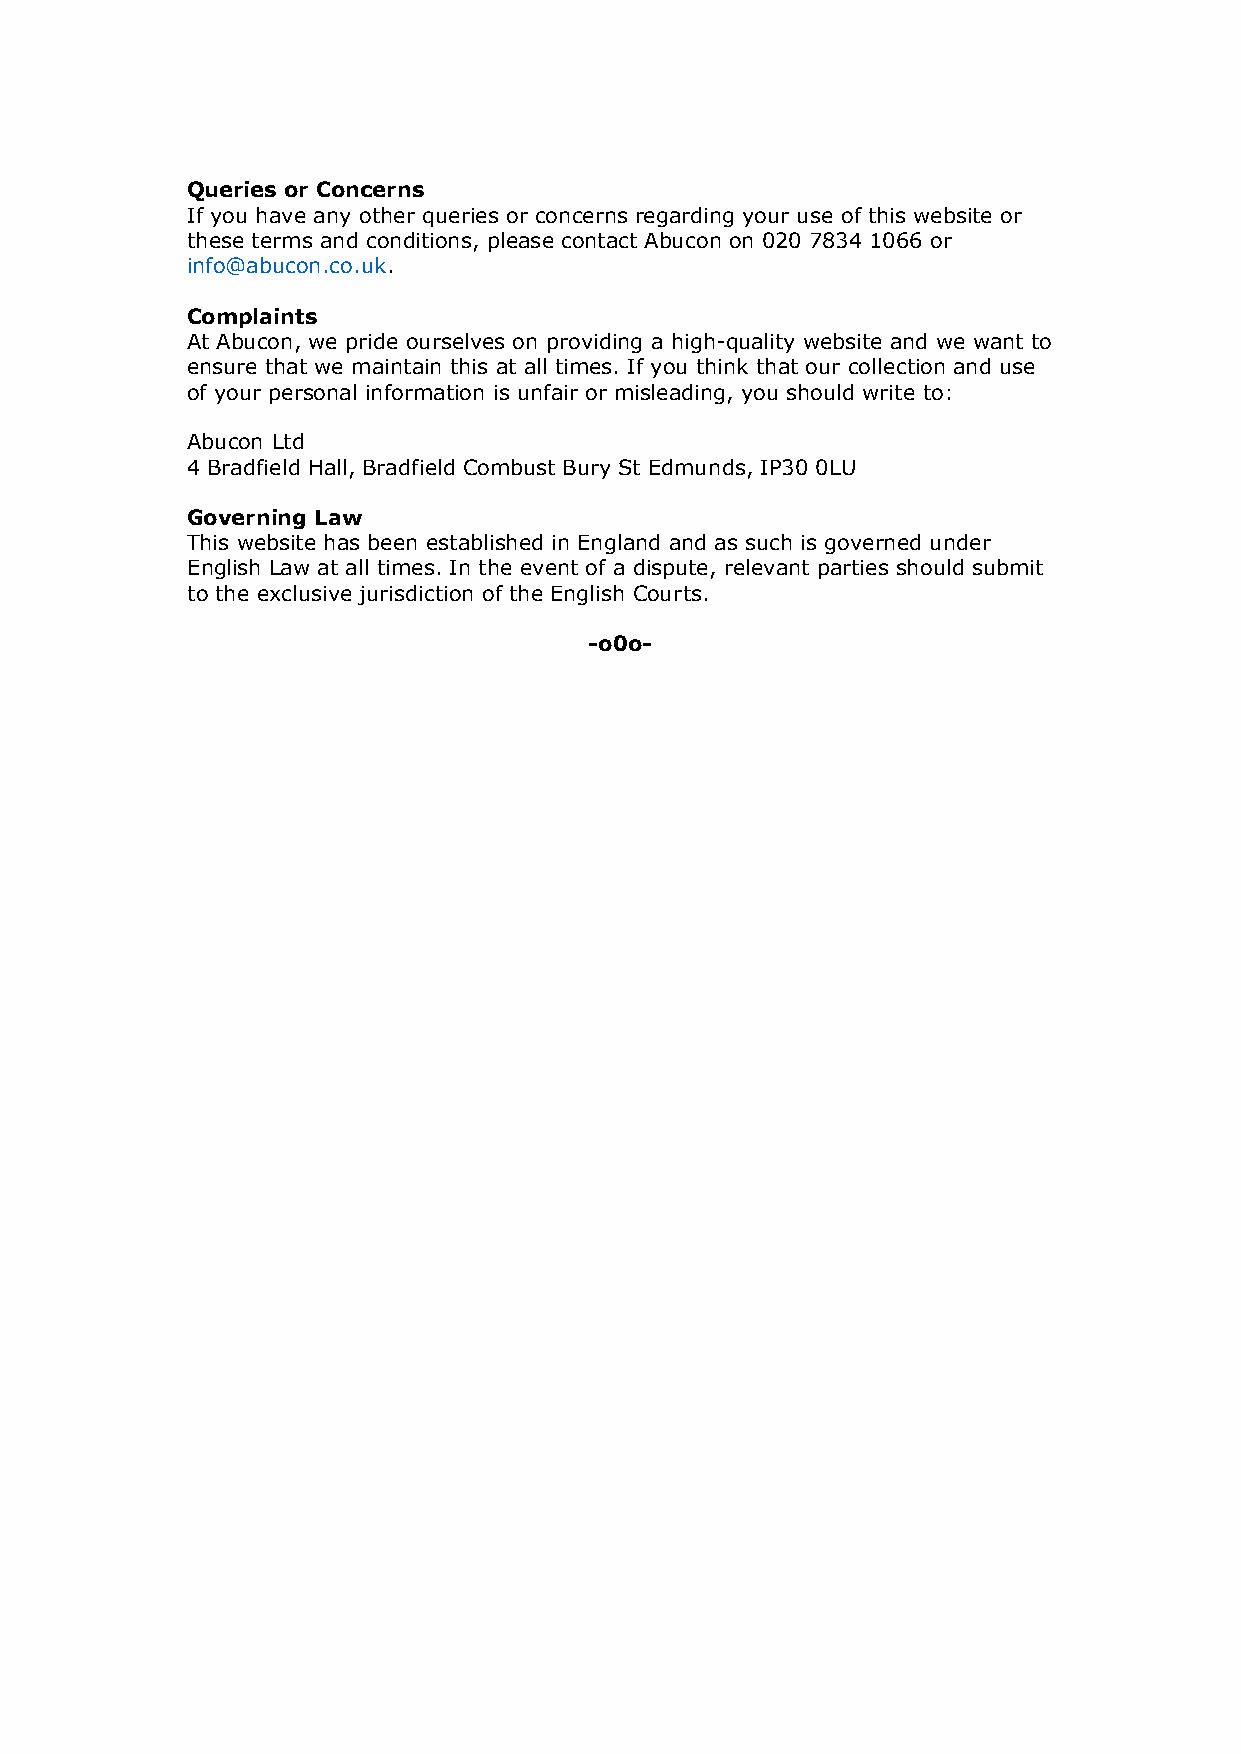
Queries or Concerns
 If you have any other queries or concerns regarding your use of this website or
 these terms and conditions, please contact Abucon on 020 7834 1066 or
 info@abucon.co.uk.
 Complaints
 At Abucon, we pride ourselves on providing a high-quality website and we want to
 ensure that we maintain this at all times. If you think that our collection and use
 of your personal information is unfair or misleading, you should write to:
 Abucon Ltd
 4 Bradfield Hall, Bradfield Combust Bury St Edmunds, IP30 0LU
 Governing Law
 This website has been established in England and as such is governed under
 English Law at all times. In the event of a dispute, relevant parties should submit
 to the exclusive jurisdiction of the English Courts.
 -o0o-